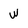
Character: w